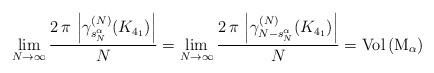
LaTeX: \begin{align*}\lim_{N\to\infty}\frac{2 \, \pi \, \left|\gamma_{s_{N}^{\alpha}}^{(N)}(K_{4_1})\right|}{N}=\lim_{N\to\infty}\frac{2 \, \pi \, \left|\gamma_{N-s_{N}^{\alpha}}^{(N)}(K_{4_1})\right|}{N}=\rm{Vol}\left(M_\alpha\right)\end{align*}